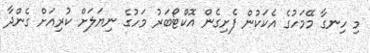
މި ހިނގާ މޭމަހުގެ އެކަކުން ފެށިގެން އޮކްޓޯބަރު މަހުގެ ނިޔަލަށް ކުރިއަށް ގެންދާ